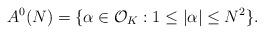
LaTeX: \begin{align*}A^0(N)=\{\alpha\in \mathcal{O}_K : 1\le |\alpha|\le N^2 \}.\end{align*}